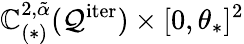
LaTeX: \mathbb{C}_{(*)}^{2,\tilde{{\alpha}}}(\mathcal{{Q}}^{\mathrm{{iter}}})\times[0,\theta_{*}]^{2}